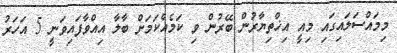
މިމައްސަލައިގައި މިއީ އިޚްތިޔާރުން ބޭރުން ވި ކަމެއްކަމަށް ބާލާ އިއްވާފައިވަނީ 5 އަހަރު